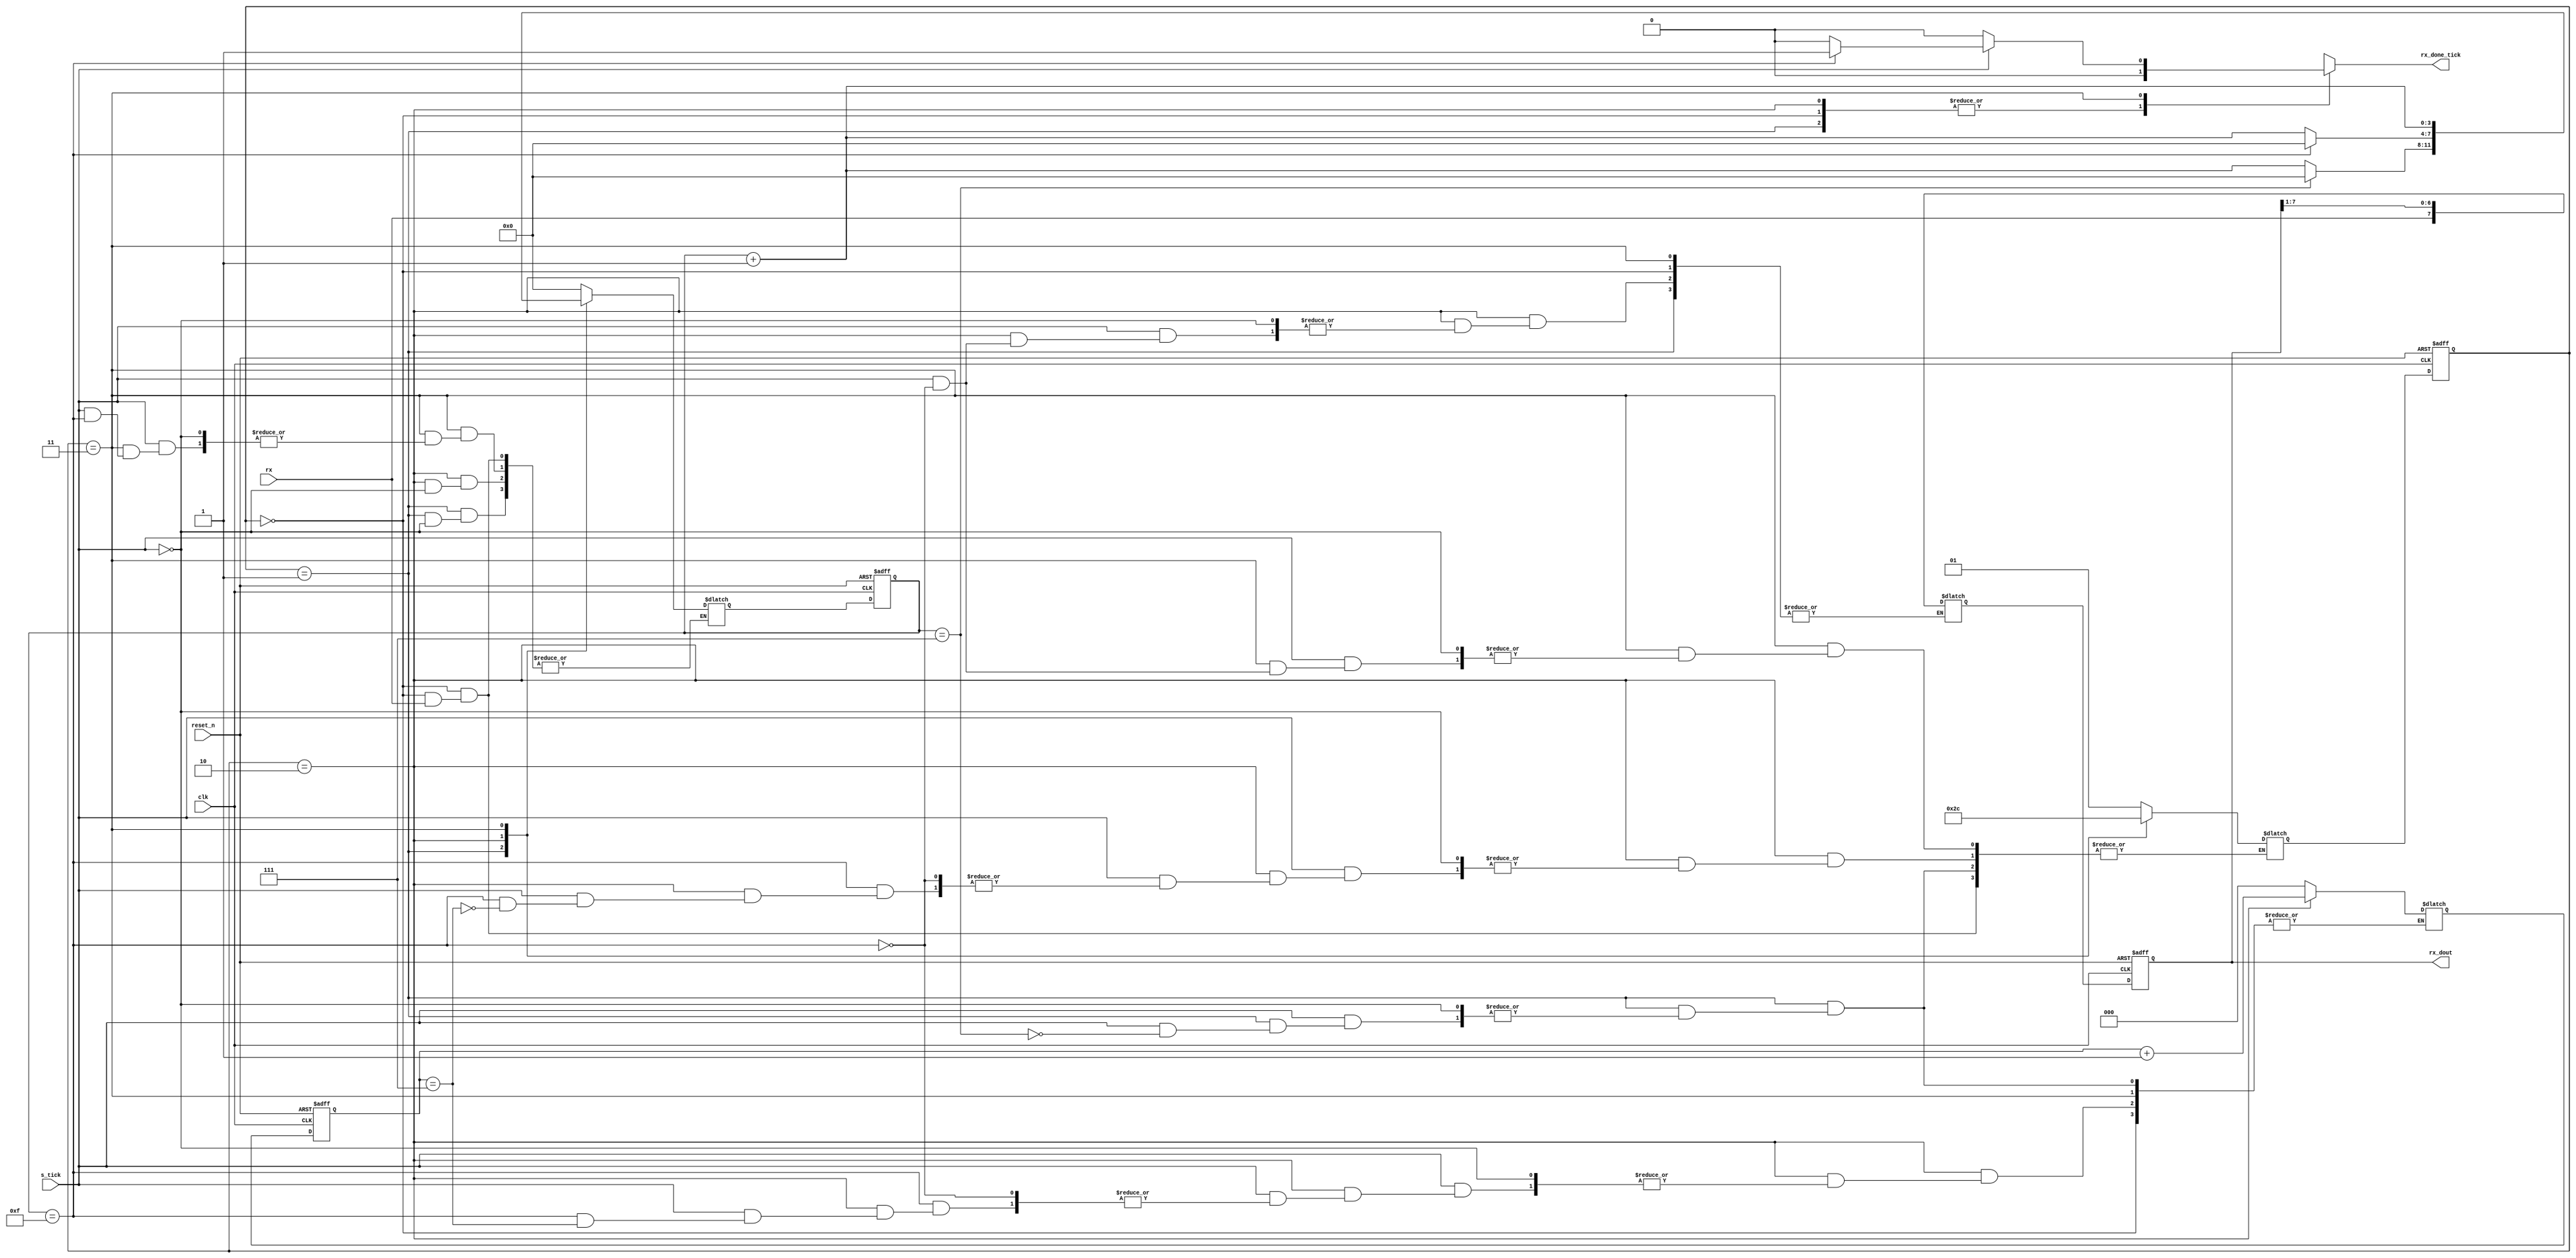
`timescale 1ns / 1ps
//////////////////////////////////////////////////////////////////////////////////
// Company: 
// Engineer: 
// 
// Design Name: 
// Module Name: receiver
// Project Name: 
// Target Devices: 
// Tool Versions: 
// Description: 
// 
// Dependencies: 
// 
// Revision:
// Revision 0.01 - File Created
// Additional Comments:
// 
//////////////////////////////////////////////////////////////////////////////////


module receiver
    #(parameter d_bits = 8, //data bits
                sb_tick = 16 // stop bit ticks
     )
     (
        input clk,reset_n,rx,s_tick,
        output reg rx_done_tick,
        output [d_bits - 1:0] rx_dout   
    );
    localparam idle = 0;
    localparam start = 1;
    localparam data = 2;
    localparam stop = 3;
    
    reg[1:0]state_reg,state_next;
    reg[3:0]s_reg,s_next; //keep track of baud rate ticks
    reg[$clog2(d_bits)-1:0]n_reg,n_next; //keep track of number of bits received
    reg[d_bits-1:0]b_reg,b_next; //store bits received
    always@(posedge clk, negedge reset_n)
    begin
        if(~reset_n)
        begin
        state_reg <= idle;
        s_reg <= 0;
        n_reg <= 0;
        b_reg <= 0;
        end
        else
        begin
            state_reg <= state_next;
            s_reg <= s_next;
            n_reg <= n_next;
            b_reg <= b_next;
        end 
    end
    //next state logic
    always @(*)
    begin
         state_reg <= state_reg;
         s_reg <= s_reg;
         n_reg <= n_reg;
         b_reg <= b_reg;
         rx_done_tick = 1'b0;
         case(state_reg)
            idle:
                if(~rx)
                begin
                    s_next = 0;
                    state_next = start;
                end
            start:
                if(s_tick)
                    if(s_reg == 7)
                    begin
                        s_next = 0;
                        n_next = 0;
                        state_next = data;
                    end
                    else
                        s_next = s_reg+1;
             data:
                 if(s_tick)
                    if(s_reg == 15)
                    begin
                        s_next = 0;
                        b_next = {rx,b_reg[d_bits-1:1]};
                        if(n_reg == d_bits-1)
                            state_next = stop;
                        else
                            n_next = n_reg + 1;
                    end
                    else
                        s_next = s_reg + 1;
              stop:
                    if(s_tick)
                        if(s_reg == sb_tick-1)
                        begin
                            rx_done_tick = 1'b1;
                            state_next = idle;
                        end
                        else
                            s_next = s_reg + 1;
              default:
                    s_next = s_reg + 1;
       endcase  
    end
    assign rx_dout = b_reg;
     
endmodule